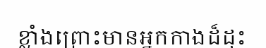
ខ្លាំងព្រោះមានអ្នកកាងដ៏ដុះ